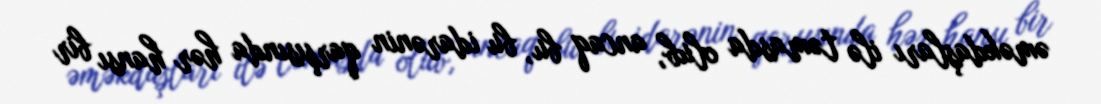
əməkdaşları ilə təmasda olub, ancaq bu, bu idarənin qarşısında hər hansı bir